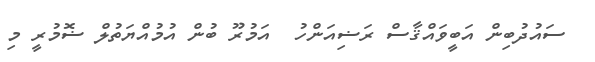
ސައުދުބިން އަބީވައްޤާސް ރަޟިއަންހު  އަމުރޫ ބުން އުމުއްޔަތުލް ޟޮމުރީ މި